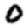
Digit: 0